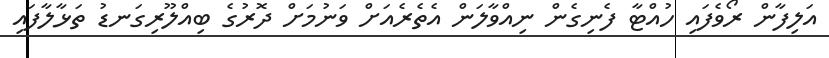
އަލިފާން ރޯވެފައި ހުއްޓާ ފެނިގެން ނިއްވާލަން އެތެރެއަށް ވަނުމަށް ދޮރުގެ ބިއްލޫރިގަނޑު ތަޅާލާފައި